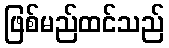
ဖြစ်မည်ထင်သည်